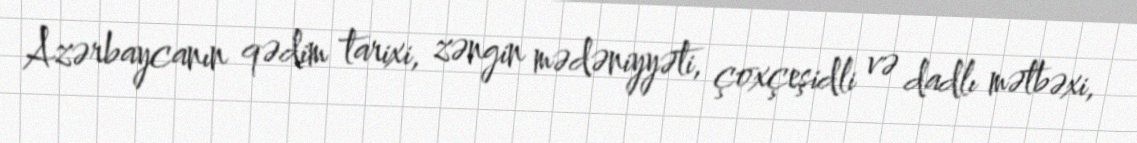
Azərbaycanın qədim tarixi, zəngin mədəniyyəti, çoxçeşidli və dadlı mətbəxi,